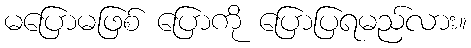
မပြောမဖြစ် ပြောကို ပြောပြရမည်လား။